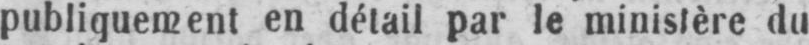
publiquement en détail par le ministère du